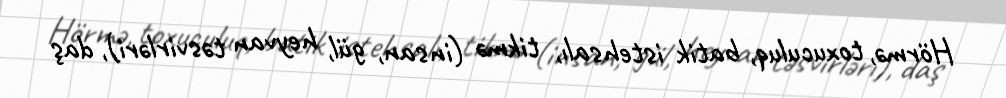
Hörmə, toxuculuq, batik istehsalı, tikmə (insan, gül, heyvan təsvirləri), daş